画像に写った文字を読んでください
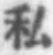
「私」と書いてあります